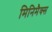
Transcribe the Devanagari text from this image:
मिनिमैक्स